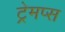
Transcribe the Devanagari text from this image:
ट्रेमप्स